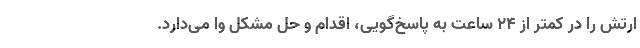
ارتش را در کمتر از 24 ساعت به پاسخ‌گویی، اقدام و حل مشکل وا می‌دارد.